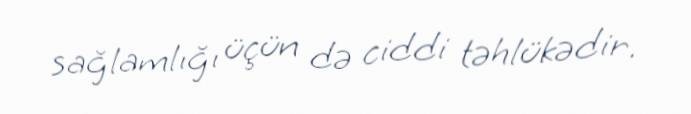
sağlamlığı üçün də ciddi təhlükədir.